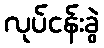
လုပ်ငန်းခွဲ